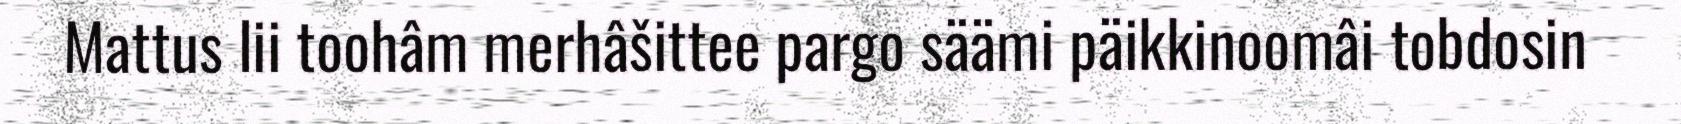
Mattus lii toohâm merhâšittee pargo säämi päikkinoomâi tobdosin